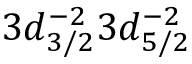
3 d _ { 3 / 2 } ^ { - 2 } 3 d _ { 5 / 2 } ^ { - 2 }